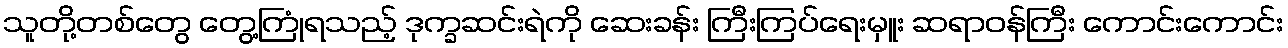
သူတို့တစ်တွေ တွေ့ကြုံရသည့် ဒုက္ခဆင်းရဲကို ဆေးခန်း ကြီးကြပ်ရေးမှူး ဆရာဝန်ကြီး ကောင်းကောင်း